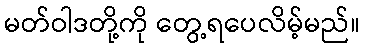
မတ်ဝါဒတို့ကို တွေ့ရပေလိမ့်မည်။